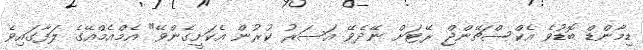
ޑިމާންޑް ބޮޑުވެ އެކްސްޗޭންޖް ރޭޓަށް ނޭދެވޭ އަސަރު ކުރުން އެކަށީގެންވޭ" އެމްއެމްއޭގެ ލަފާގައިވެ